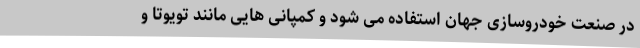
در صنعت خودروسازی جهان استفاده می شود و کمپانی هایی مانند تویوتا و